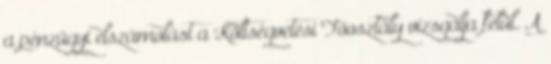
a pénzügyi elszámolást a Költségvetési Főosztály vizsgálja felül. A